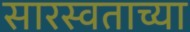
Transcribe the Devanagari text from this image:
सारस्वताच्या